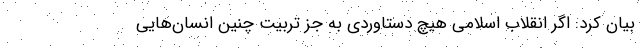
بیان کرد: اگر انقلاب اسلامی هیچ دستاوردی به جز تربیت چنین انسان‌هایی